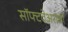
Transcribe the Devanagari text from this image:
सॉफ्टवेअरांची